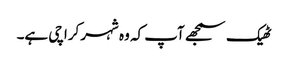
ٹھیک سمجھے آپ کہ وہ شہر کراچی ہے۔